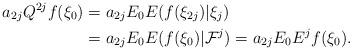
LaTeX: \begin{align*}a_{2j}Q^{2j}f(\xi_{0}) & =a_{2j}E_{0}E(f(\xi_{2j})|\xi_{j})\\& =a_{2j}E_{0}E(f(\xi_{0})|\mathcal{F}^{j})=a_{2j}E_{0}E^{j}f(\xi_{0}).\end{align*}